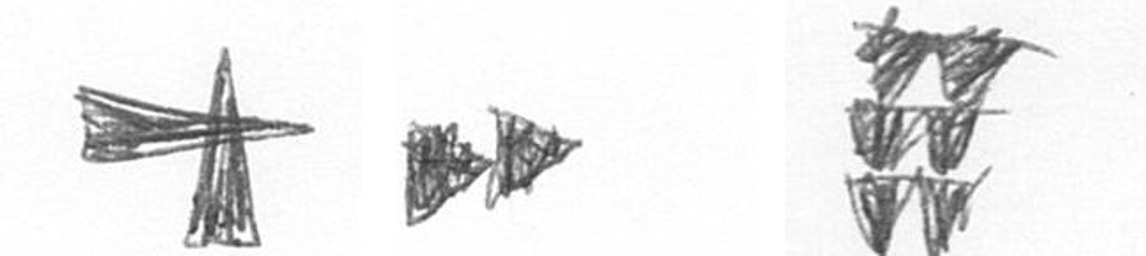
G A Y